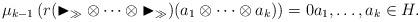
LaTeX: \begin{gather*}\mu_{k-1} \left( r (\blacktriangleright_\gg\otimes\cdots\otimes\blacktriangleright_\gg)(a_1\otimes\cdots \otimes a_k)\right)= 0a_1,\dots,a_k\in H.\end{gather*}